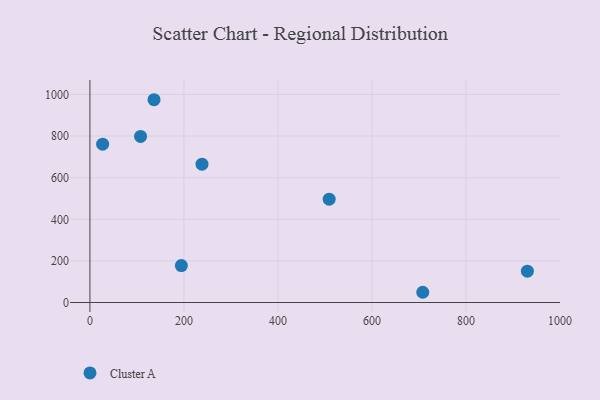
{"axis": {"x": "Engine Size", "y": "Exam Score"}, "legend": ["Cluster A"], "data": [{"x": "509.0", "y": 496.6, "type": "Cluster A"}, {"x": "930.7", "y": 150.5, "type": "Cluster A"}, {"x": "136.4", "y": 974.8, "type": "Cluster A"}, {"x": "708.1", "y": 49.2, "type": "Cluster A"}, {"x": "194.5", "y": 177.5, "type": "Cluster A"}, {"x": "107.7", "y": 798.3, "type": "Cluster A"}, {"x": "238.4", "y": 664.9, "type": "Cluster A"}, {"x": "27.0", "y": 761.3, "type": "Cluster A"}]}